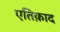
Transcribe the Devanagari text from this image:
एतिक़ाद